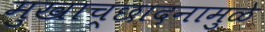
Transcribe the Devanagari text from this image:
मुखाच्छादनामुळे